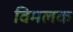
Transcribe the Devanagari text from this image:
विमलक